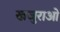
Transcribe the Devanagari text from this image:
खजुराओ